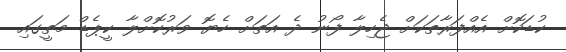
ކުޑަކޮށް އެއްފަރާތަކަށް ޖެހިލާ ފޯނު ދެ އަތަށް ހެޔޮ ވަރުކޮށްލާ ކީޕެޑް މަތީގައި